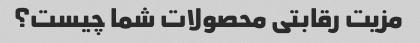
مزیت رقابتی محصولات شما چیست؟